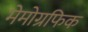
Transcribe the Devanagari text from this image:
मेमोग्रफिक